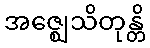
အဇ္ဈေသိတုန္တိ